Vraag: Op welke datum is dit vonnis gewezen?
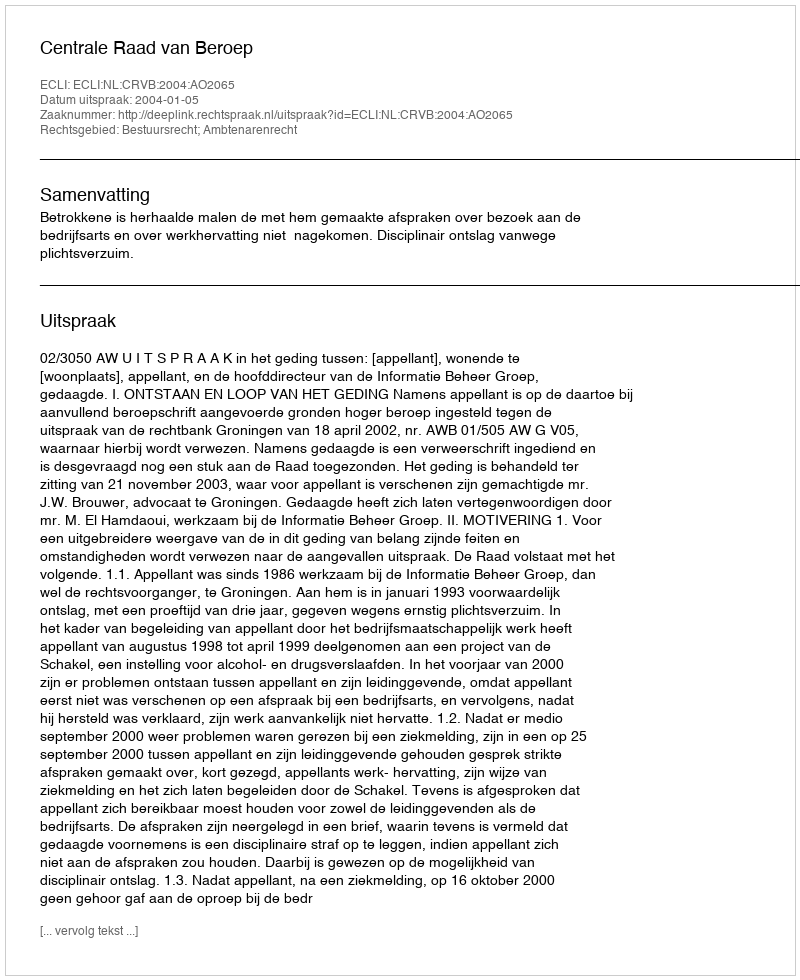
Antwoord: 2004-01-05